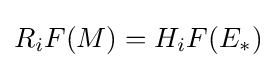
R_{i}F(M)=H_{i}F(E_{*})